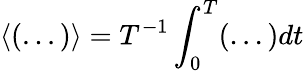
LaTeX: \langle(...)\rangle=T^{-1}\int_{0}^{T}(...)dt